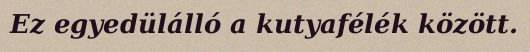
Ez egyedülálló a kutyafélék között.